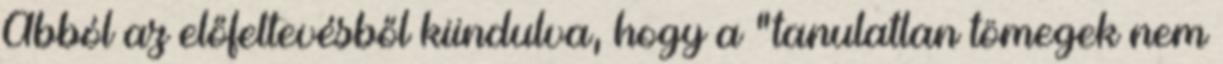
Abból az előfeltevésből kiindulva, hogy a "tanulatlan tömegek nem